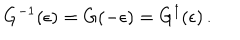
G ^ { - 1 } ( \epsilon ) = G ( - \epsilon ) = G ^ { \dagger } ( \epsilon ) \, .